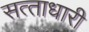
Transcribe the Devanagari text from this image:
सत्‍ताधारी